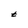
Character: t